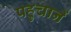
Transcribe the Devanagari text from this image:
पहुचानें